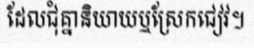
ដែលជុំគ្នានិយាយឬស្រែកជៀវ។